Cholera in India, 1862 to 1881
Year: 1862
Disease focus: Cholera
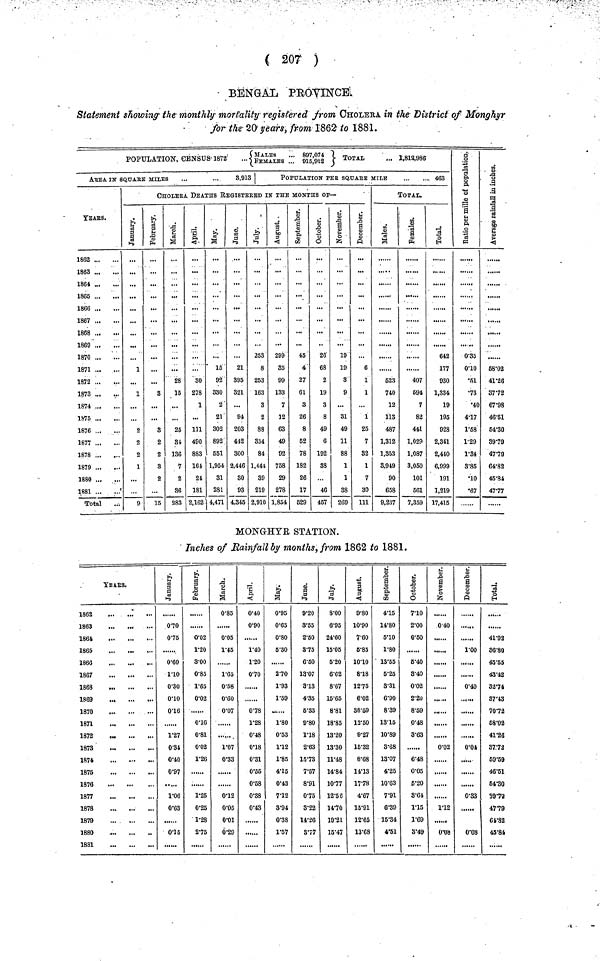
(207 )
BENGAL PEOYINCE
Statement showing the monthly mortality registered from CHOLERA in the District of Monghyr
for the 20 years, from 1862 to 1881.
POPULATION, CENSUS. 1872 {MALES ... 897,074. FEMALES ... 015,912} TOTAL ... 1,812,986
AREA IN SQUARE MILES
...
...
3,913
YEARS.
1862
1863
1864
1865
1866
1867
1868
1869
1870
1871
1872 ...
1873
1874
1875
1876
1877
1878
1879
1880
1881
Total
POPULATION PER SQUARE MILE
...
...
463
CHOLERA DEATHS REGISTERED IN THE MONTHS OF—
January.
1
2
2
2
1
...
9
February.
3
3
2
2
3
2
15
March.
...
28
15
25
31
136
7
2
86
283
April.
80
278
1
111
490
883
161
24
181
2,162
May.
15
92
330
2
21
302
892
651
1,954
31
281
4,471
June.
21
395
321
...
94
203
442
300
2,446
30
93
4,345
July.
253
8
253
163
3
2
88
354
84
1,444
89
219
2,910
August.
299
35
99
133
7
12
63
49
92
758
29
278
1,854
September.
45
4
27
61
3
26
8
52
78
182
26
17
529
October.
26
68
2
19
3
8
49
6
192
38
46
457
November.
19
19
3
9
...
31
49
11
88
1
1
88
269
December.
6
1
1
...
1
25
7
82
1
7
30
111
TOTAL..
Males.
523
740
12
113
487
1,312
1,353
8,919
90
658
9,237
Females.
407
694
7
82
441
1,029
1,087
3,050
101
661
7,359
Total.
642
177
930
1,334
19
195
928
2,341
2,440
6,999
191
1,219
17,415
Ratio per mille of population.
0.35
0.01
•51
•73
•40
4.17
1.58
1.29
1.34
3.85
•10
•67
Average rainfall in inches.
68.02
41.26
37.72
67.98
46.51
64.30
89.79
47.79
64.82
45.84
47.77
MONGHYR STATION.
Inches of Rainfall by months, from 1862 to 1881.
yEArS.
1862
1863
1861
1865
1866
1867
1868
1869
1870
1871
1872
1873
1874
1875
1876
1877
1878
1879
1880
1881
January.
0.70
0.75
0.60
1.10
0.30
0.01
0.16
1.27
0.31
0.40
0.97
1.06
0.63
0.15
February.
0.02
1.20
3.00
0.85
1.65
0.02
0.16
0.81
0.02
1.26
1.25
0.25
1.28
2.75
March.
0.85
0.05
1.45
1.65
0.58
0.60
0.07
......
1.07
0.33
0.12
0.05
0.01
0.29
April.
0.40
0.90
1.40
1.20
0.70
0.78
1.28
0.48
0.18
0.31
0.55
0.58
0.88
0.43
May.
0.95
0.65
0.80
5.30
2.70
1.93
1.59
1.80
0.53
1.12
1.85
4.15
0.43
7.12
3.94
0.38
1.67
June.
9.20
8.55
2.50
3.75
6.50
13.07
313
4.35
5.33
9.80
1.18
2.63
15.73
7.57
8.91
0.75
3.22
14.26
3.77
July.
800
6.95
24.60
15.05
5.20
6062
8.67
15.65
8.81
18.85
13.20
13.30
11.48
14.84
10.77
12.56
14.70
19.21
15.47
August.
9.80
10.90
7.60
6.85
10.10
8.18
1275
6.02
38.59
12.50
9.27
16.32
8.68
11.13
17.78
4.67
15.91
12.65
13.68
September.
4.15
14.80
6.10
1.80
13.55
5.25
3.31
6.90
8.39
18.15
10.89
3.68
13.07
4.25
10.63
7.91
6.39
15.34
4.51
October.
7.10
2.00
0.50
6.40
8.40
0.02
2.20
8.59
0.48
3.63
6.48
0.05
5.20
8.61
1.15
1.69
8.49
November.
0.40
0.02
......
1.12
0.08
December.
1.00
0.40
0.04
0.83
......
0.08
Total.
41.93
36.80
450.65
43.42
33.74
37.43
70.72
68.02
41.28
37.72
69.59
46.51
64.80
39.72
47.79
61.82
45.84